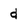
Character: d